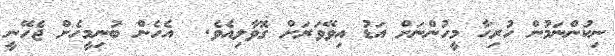
ނިކުންނަމުން ހުރިހާ މީހުންނަށް އަޑު އިވޭވަރަށް ގޮވާލިއެވެ.  އެހެން ބުނިމީހެށް ޖެހޭނީ